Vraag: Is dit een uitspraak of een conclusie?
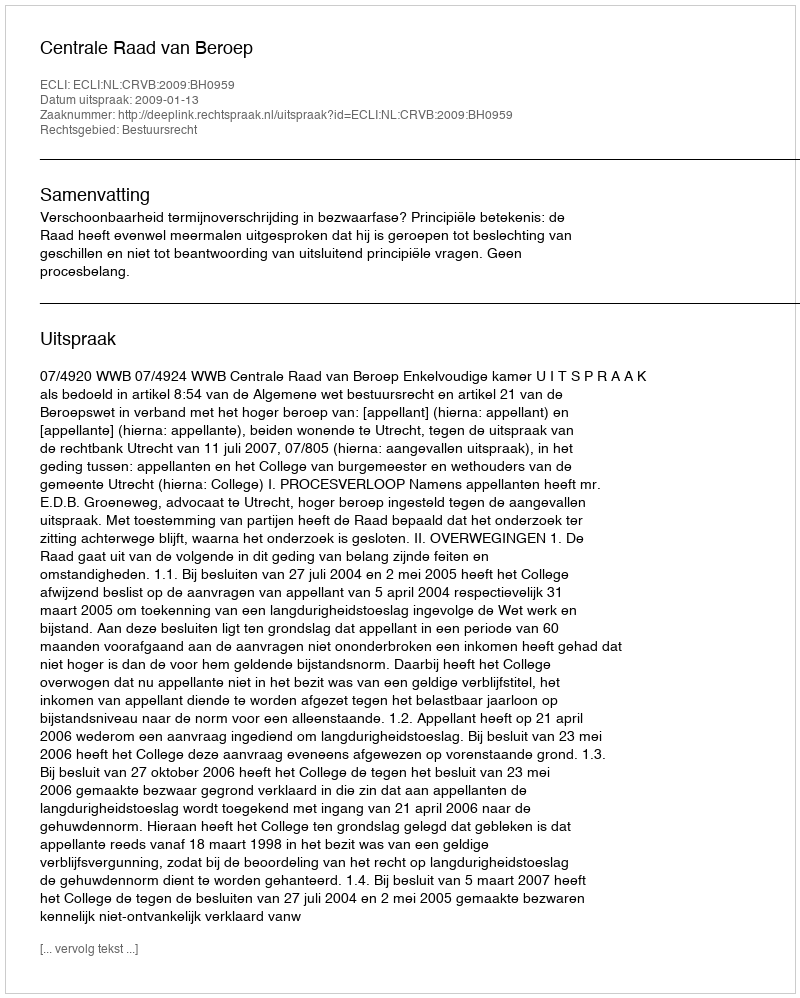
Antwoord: Uitspraak